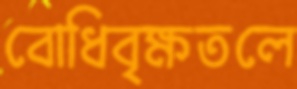
বোধিবৃক্ষতলে